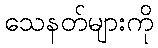
သေနတ်များကို